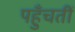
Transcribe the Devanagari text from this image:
पहुँचतीं